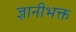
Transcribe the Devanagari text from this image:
ज्ञानीभक्त